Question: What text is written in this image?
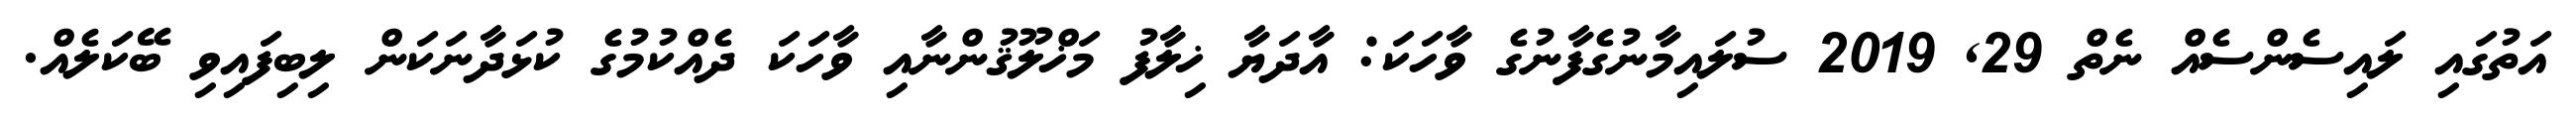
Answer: އަތުގައި ލައިސެންސެއް ނެތް 29, 2019 ސުލައިމާނުގެފާނުގެ ވާހަކަ: އާދަޔާ ޚިލާފު މަޚްލޫޤުންނާއި ވާހަކަ ދެއްކުމުގެ ކުޅަދާނަކަން ލިބިފައިވި ބޭކަލެއް.